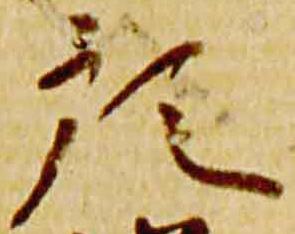
預